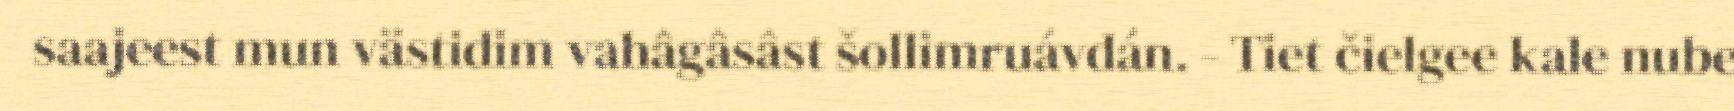
saajeest mun västidim vahâgâsâst šollimruávdán. - Tiet čielgee kale nube